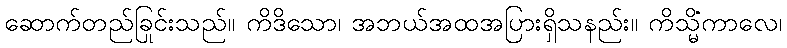
ဆောက်တည်ခြင်းသည်။ ကိဒိသော၊ အဘယ်အထုအပြားရှိသနည်း။ ကိသ္မိံကာလေ၊